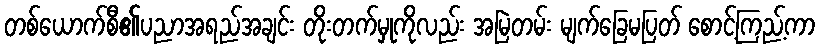
တစ်ယောက်စီ၏ပညာအရည်အချင်း တိုးတက်မှုကိုလည်း အမြဲတမ်း မျက်ခြေမပြတ် စောင့်ကြည့်ကာ